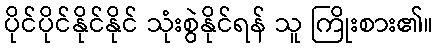
ပိုင်ပိုင်နိုင်နိုင် သုံးစွဲနိုင်ရန် သူ ကြိုးစား၏။